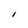
Character: I